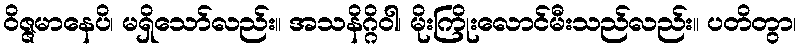
ဝိဇ္ဇမာနေပိ၊ မရှိသော်လည်း။ အသနိဂ္ဂိဝါ၊ မိုးကြိုးလောင်မီးသည်လည်း။ ပတိတွာ၊